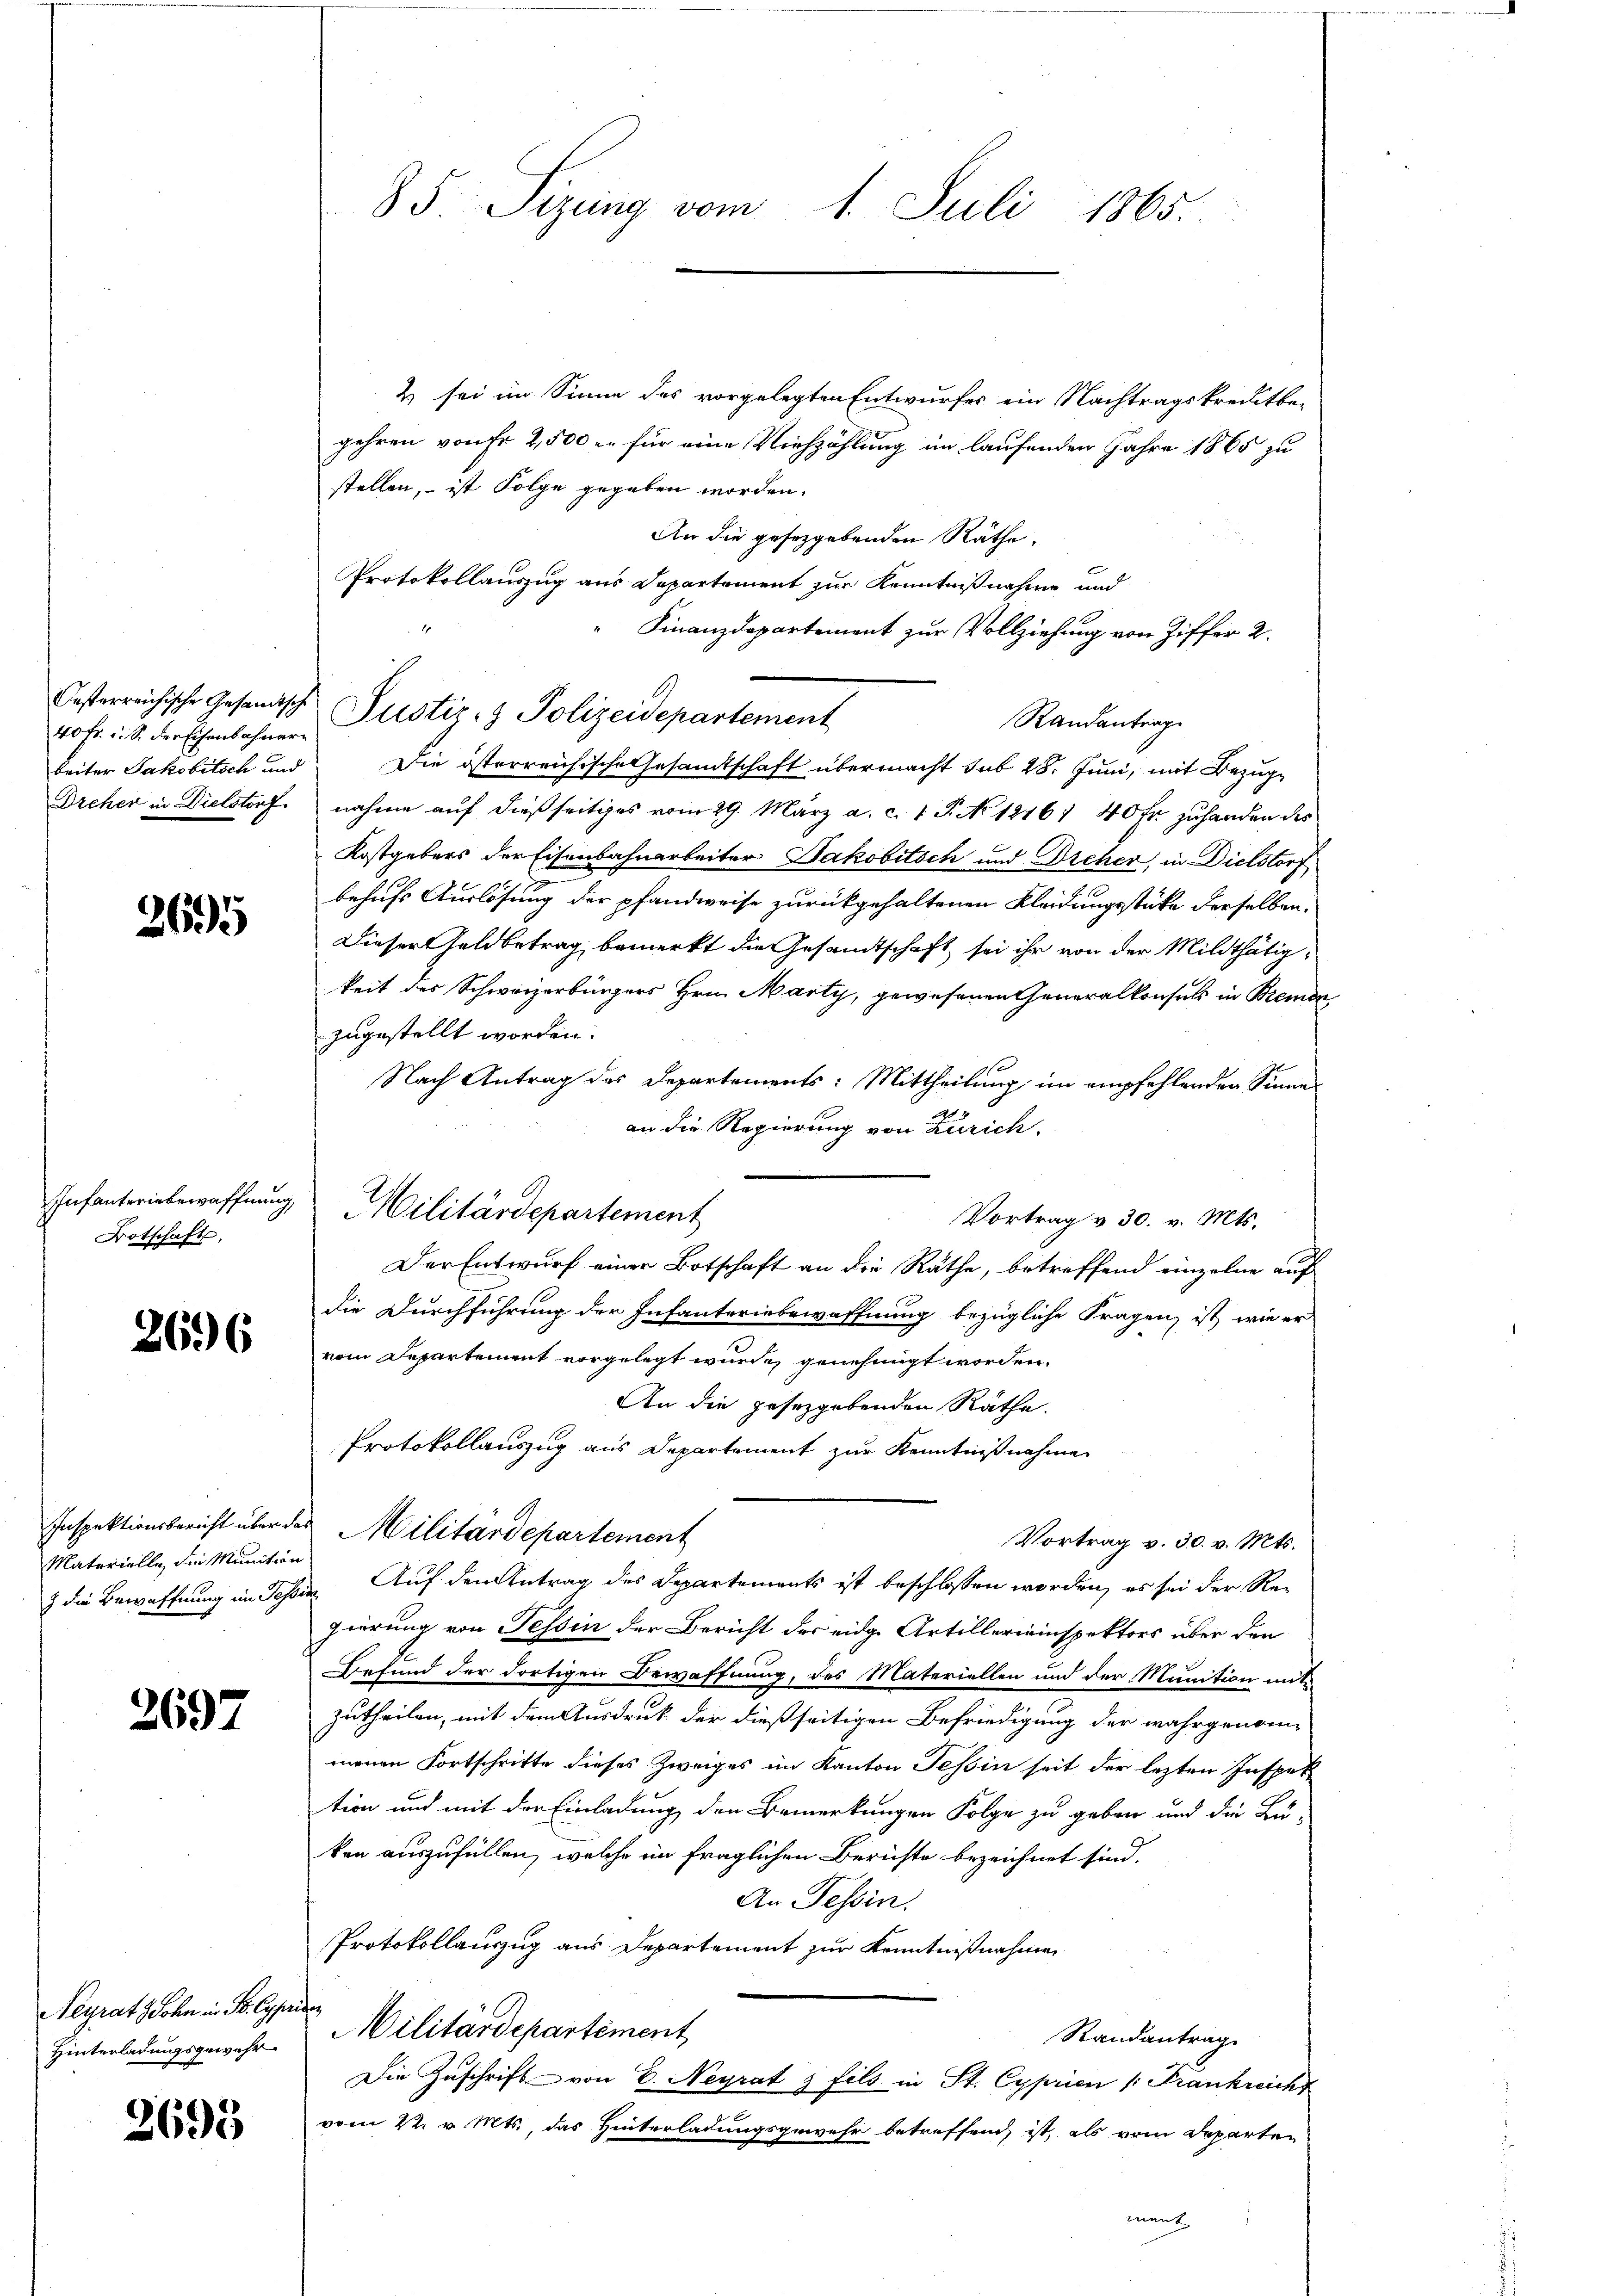
40 fr. u. S. der Eisenbahnarbeiter Jakobitsch und

2695

Infanteriebewaffnung
Botschaft,

2696

Materielle, die Munition

2697

Neyrats Sohn in P. Cypr
Hinterladungsgewehr

2695

85 Sizung vom 1. Juli 1865.

2 sei im Sinne des vorgelegten Entwurfes ein Nachtragskreitbe-
gehren von Fr. 2,500 er für eine Viehzählung im laufenden Jahre 1865 zu
stellen, – ist Folge gegeben worden.
An die gesetzgebenden Räthe.
Protokollauszug aus Departement zur Kenntnißnahme und
Finanzdepartement zur Vollziehung von Ziffer 2.
Randantrag
Die österreichische Gesamtschaft übermacht sub 28. Juni, mit Bezug¬
Dreher in Dielstorf nahme auf dießseitiges vom 29. März a. c. 1 P. No 12161 40 fr. zuhanden des
Kostgebers der Eisenbahnarbeiter Jakobitsch und Dreher, in Dielstorf
behufs Auslösung der pfandweise zurückgehaltenen Kleidungsstüke derselben
Dieser Geldbetrag bemerkt die Gesandtschaft sei ihr von der Mildthätigkeit der Schweizerbürgers Hrn. Marty, gewesenen Generalkonsuls in Bremen
zugestellt worden.
Nach Antrag des Departements: Mittheilung im empfehlenden Sinne
an die Regierung von Zürich.
Militärdepartement
Vortrag v. 30. v. Mts.
Der Entwurf einer Botschaft an die Räthe, betreffend einzelne auf
Die Durchführung der Infanterinbewaffnung bezügliche Fragen, ist, wie er
vom Departement vorgelegt wurde genehmigt worden.
An die gesezgebenden Räthe.
Protokollauszug aus Departement zur Kenntnißnahme
Inspektionsbericht über das Militärdepartement
Vortrag v. 30. v. Mts.
z die Bewaffnung im Tessin Auf den Antrag des Departements ist beschlossen worden, es sei der Regierung von Tessin der Bericht der eidge Artillereinspektors über den
Befund der dortigen Bewaffnung, des Materiellen und der Munition mit
zutheilen, mit dem Ausdruck der dießseitigen Befriedigung der wahrgenommenen Fortschritte dieses Zweiges im Kanton Teßin seit der lezten Inspet
tion und mit der Einladung den Bemerkungen Folge zu geben und die Lu-
ken auszufüllen, welche im fraglichen Berichte bezeichnet sind.
An Tessin.
Protokollauszug aus Departement zur Kenntnißnahmen
zitaz
Militärdepartement
Randantrag
Die Zuschrift von E. Neyrat & fils in St. Cyprien /: Frankreich
vom 22. v. Mts., das Hinterladungsgewehr betreffend, ist, als vom Departen
ment

Oesterreichische Gesandtsche Justiz- & Polizeidepartement